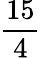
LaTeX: \frac{15}{4}